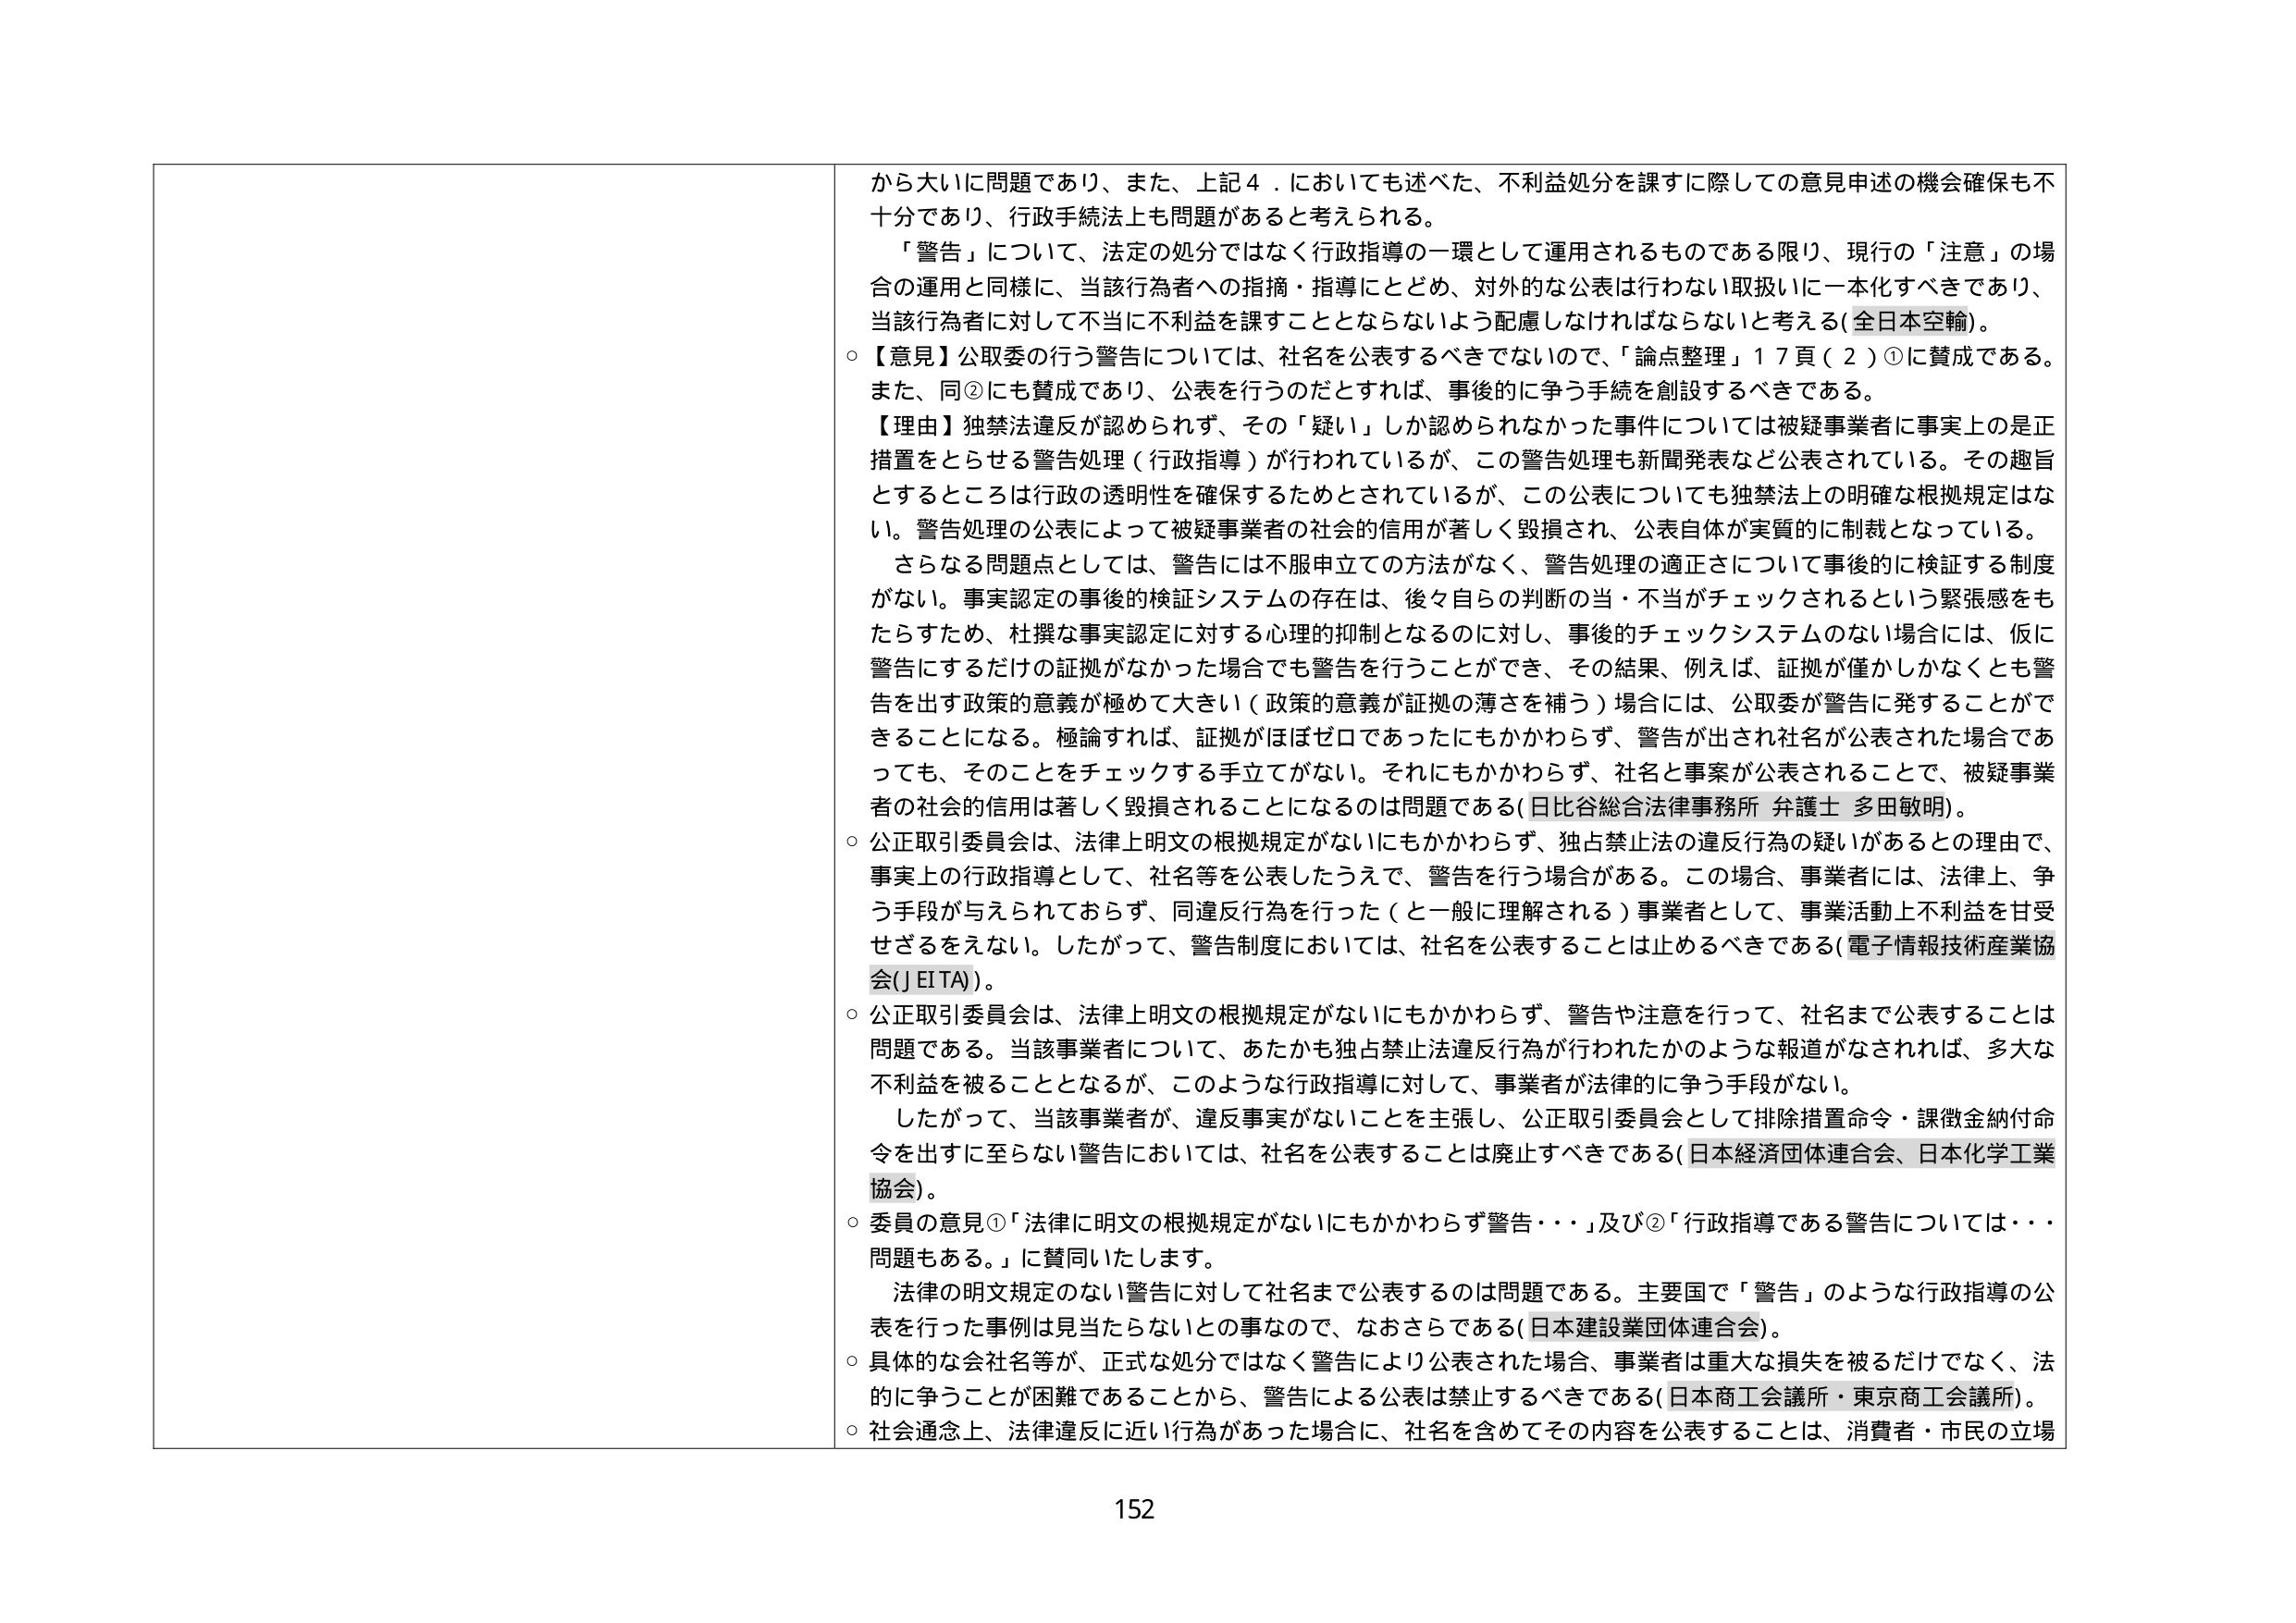
から大いに問題であり、また、上記４．においても述べた、不利益処分を課すに際しての意見申述の機会確保も不十分であり、行政手続法上も問題があると考えられる。

「警告」について、法定の処分ではなく行政指導の一環として運用されるものである限り、現行の「注意」の場合の運用と同様に、当該行為者への指摘・指導にとどめ、対外的な公表は行わない取扱いに一本化すべきであり、当該行為者に対して不当に不利益を課すこととならないよう配慮しなければならないと考える（全日本空輸）。

○【意見】公取委の行う警告については、社名を公表するべきでないので、「論点整理」１７頁（２）①に賛成である。また、同②にも賛成であり、公表を行うのだとすれば、事後的に争う手続を創設するべきである。

【理由】独禁法違反が認められず、その「疑い」しか認められなかった事件については被疑事業者に事実上的是正措置をとらせる警告処理（行政指導）が行われているが、この警告処理も新聞発表など公表されている。その趣旨とするところは行政の透明性を確保するためとされているが、この公表についても独禁法上の明確な根拠規定はない。警告処理の公表によって被疑事業者の社会的信用が著しく毀損され、公表自体が実質的に制裁となっている。

さらなる問題点としては、警告には不服申立ての方法がなく、警告処理の適正さについて事後的に検証する制度がない。事実認定の事後的検証システムの存在は、後々自らの判断の当・不当がチェックされるという緊張感をもたらすため、杜撰な事実認定に対する心理的抑制となるのに対し、事後のチェックシステムのない場合には、仮に警告にするだけの証拠がなかった場合でも警告を行うことができ、その結果、例えば、証拠が僅かしかなくとも警告を出す政策的意義が極めて大きい（政策的意義が証拠の薄さを補う）場合には、公取委が警告を発することができるようになる。極論すれば、証拠がほぼゼロであったにもかかわらず、警告が出され社名が公表された場合であっても、そのことをチェックする手立てがない。それにもかかわらず、社名と事案が公表されることで、被疑事業者の社会的信用は著しく毀損されることになるのは問題である（日比谷総合法律事務所 弁護士 多田敏明）。

○公正取引委員会は、法律上明文の根拠規定がないにもかかわらず、独占禁止法の違反行為の疑いがあるとの理由で、事実上の行政指導として、社名等を公表したうえで、警告を行う場合がある。この場合、事業者には、法律上、争う手段が与えられておらず、同違反行為を行った（一般に理解される）事業者として、事業活動上不利益を甘受せざるをえない。したがって、警告制度においては、社名を公表することは止めるべきである（電子情報技術産業協会（JEITA））。

○公正取引委員会は、法律上明文の根拠規定がないにもかかわらず、警告や注意を行って、社名まで公表することは問題である。当該事業者について、あたかも独占禁止法違反行為が行われたかのような報道がなされれば、多大な不利益を被ることとなるが、このような行政指導に対して、事業者が法律的に争う手段がない。

したがって、当該事業者が、違反事実がないことを主張し、公正取引委員会として排除措置命令・課徴金納付命令を出すに至らない警告においては、社名を公表することは廃止すべきである（日本経済団体連合会、日本化学工業協会）。

○委員の意見①「法律に明文の根拠規定がないにもかかわらず警告・・・」及び②「行政指導である警告については・・・問題もある。」に賛同いたします。

法律の明文規定のない警告に対して社名まで公表するのは問題である。主要国で「警告」のような行政指導の公表を行った事例は見当たらないとの事なので、なおさらである（日本建設業団体連合会）。

○具体的な会社名等が、正式な処分ではなく警告により公表された場合、事業者は重大な損失を被るだけでなく、法的に争うことが困難であることから、警告による公表は禁止するべきである（日本商工会議所・東京商工会議所）。

○社会通念上、法律違反に近い行為があった場合に、社名を含めてその内容を公表することは、消費者・市民の立場

152